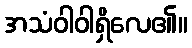
အသံဝါဝါရှိလေ၏။